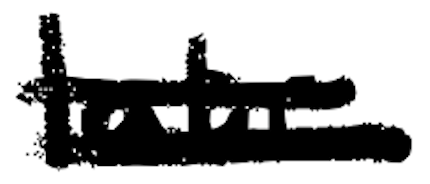
Text: late
Cross-out: double-line
Writing tool: digital_black